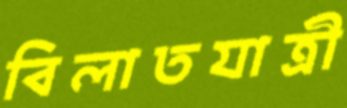
বিলাতযাত্রী